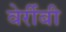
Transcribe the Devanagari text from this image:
वेर्रीबी